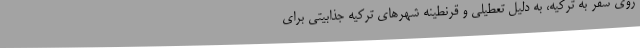
روی سفر به ترکیه، به دلیل تعطیلی و قرنطینه شهرهای ترکیه جذابیتی برای